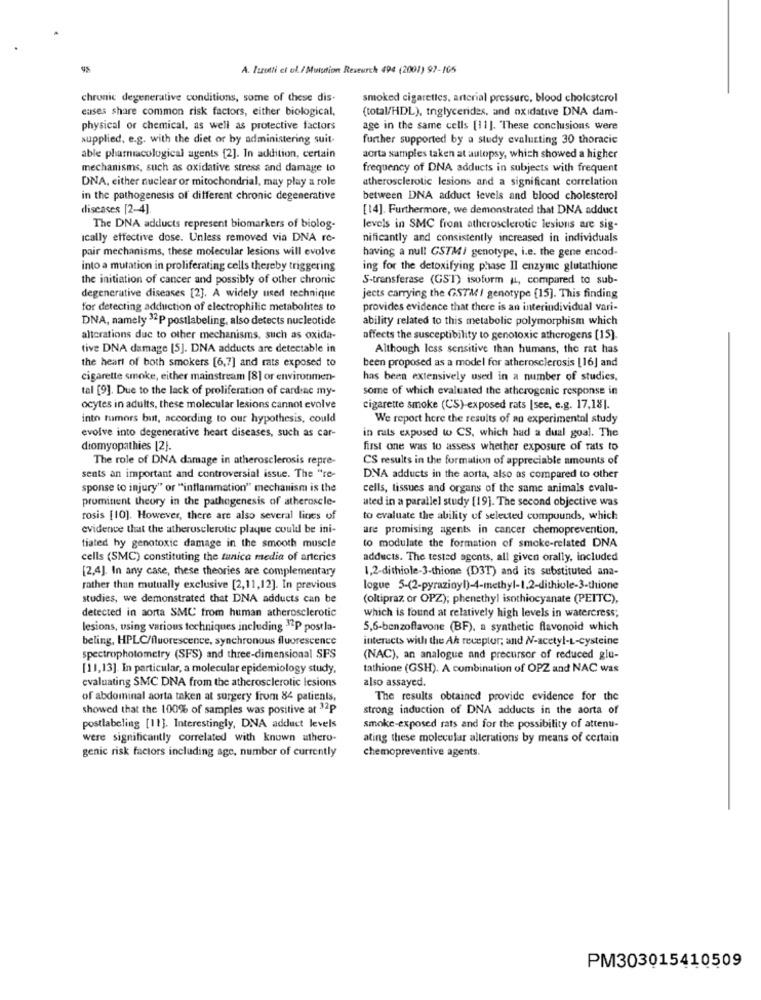
A. Izzotti et al./ Mutution Rexeurch 494 (2001) 97-165
chronic degenerative conditions, some of these dis-
smoked cigarettes, arterial pressure, blood cholesterol
eases share common risk factors, either biological,
(total/HDL), triglycerides, and oxidative DNA dam-
physical or chemical, as well as protective factors
age in the same cells [11]. These conclusions were
supplied, e.g. with the diet or by administering suit-
further supported by a study evalucting 30 thoracic
able pharmacological agents [2]. In addition, certain
aorta samples taken at autopsy, which showed a higher
mechanisms, such as oxidative stress and damage to
frequency of DNA adducts in subjects with frequent
DNA, either nuclear or mitochondrial, may play a role
atherosclerotic lesions and a significant correlation
in the pathogenesis of different chronic degenerative
between DNA adduct levels and blood cholesterol
diseases [2-4]
[14]. Furthermore, we demonstrated that DNA adduct
The DNA adducts represent biomarkers of biolog-
levels in SMC from atherosclerotic lesions are sig-
Ically effective dose. Unless removed via DNA re-
nificantly and consistently increased in individuals
pair mechanisms, these molecular lesions will evolve
having a null GSTMI genotype, i.e. the gene encod-
into a mutation in proliferating cells thereby triggering
ing for the detoxifying phase II enzyme glutathione
the initiation of cancer and possibly of other chronic
S-transferase (GST) isoform IL, compared to sub-
degenerative diseases [2]. A widely used technique
jects carrying the GSTMI genotype [15]. This finding
for detecting adduction of electrophilic metabolites to
provides evidence that there is an interindividual vari-
DNA, namely 32P postlabeling, also detects nucleotide
ability related to this metabolic polymorphism which
alterations due to other mechanisms, such as oxida-
affects the susceptibility to genotoxic atherogens [15].
tive DNA damage [5]. DNA adducts are detectable in
Although less sensitive than humans, the rat has
the heart of both smokers [6,7] and rats exposed to
been proposed as a model for atherosclerosis [16] and
cigarette smoke, either mainstream [8] or environmen-
has been extensively used in a number of studies,
tal [9]. Due to the lack of proliferation of cardiac my-
some of which evaluated the atherogenic response in
ocytes in adults, these molecular lesions cannot evolve
cigarette smoke (CS)-exposed rats [see, e.g. 17,18].
into tumors but, according to our hypothesis, could
We report here the results of an experimental study
evolve into degenerative heart diseases, such as car-
in rats exposed to CS, which had a dual goal. The
diomyopathies [2].
first one was to assess whether exposure of rats to
The role of DNA damage in atherosclerosis repre-
CS results in the formation of appreciable amounts of
sents an important and controversial issue. The "re-
DNA adducts in the aorta, also as compared to other
sponse to injury" or "inflammation" mechanism is the
cells, tissues and organs of the same animals evalu-
prominent theory in the pathogenesis of atherosele-
ated in a parallel study [19]. The second objective was
rosis [10]. However, there are also several lines of
to evaluate the ability of selected compounds, which
evidence that the atherosclerotic plaque could be ini-
are promising agents in cancer chemoprevention.
tiated by genotoxic damage in the smooth muscle
to modulate the formation of smoke-related DNA
cells (SMC) constituting the tunica media of arteries
adducts. The tested agents, all given orally, included
[2,4]. In any case, these theories are complementary
1,2-dithiole-3-thione (D3T) and its substituted ana-
rather than mutually exclusive [2,11,12]. In previous
logue 5-(2-pyraziny!)-4-methyl-1.2-dithiole-3-thione
studies, we demonstrated that DNA adducts can be
(oltipraz or OPZ); phenethyl isothiocyanate (PEITC),
detected in aorta SMC from human atherosclerotic
which is found at relatively high levels in watercress;
lesions, using various techniques including "2P postla-
5,6-benzoflavone (BF), a synthetic flavonoid which
beling, HPLC/fluorescence, synchronous fluorescence
interacts with the Ah receptor; and N-acetyl-L-cysteine
spectrophotometry (SFS) and three-dimensional SFS
(NAC), an analogue and precursor of reduced glu-
[11,13]. In particular, a molecular epidemiology study,
tathione (GSH). A combination of OPZ and NAC was
also assayed.
evaluating SMC DNA from the atherosclerotic lesions
of abdominal aorta taken at surgery from 84 patients,
The results obtained provide evidence for the
showed that the 100% of samples was positive at 32P
strong induction of DNA adducts in the aorta of
postlabeling [11]. Interestingly, DNA adduct levels
smoke-exposed rats and for the possibility of attenu-
were significantly correlated with known athero-
ating these molecular alterations by means of certain
chemopreventive agents.
genic risk factors including age, number of currently
PM303015410509